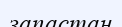
запастан